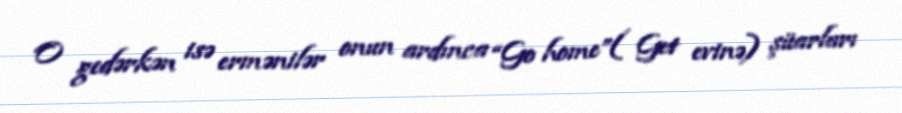
O gedərkən isə ermənilər onun ardınca “Go home”( Get evinə) şüarları